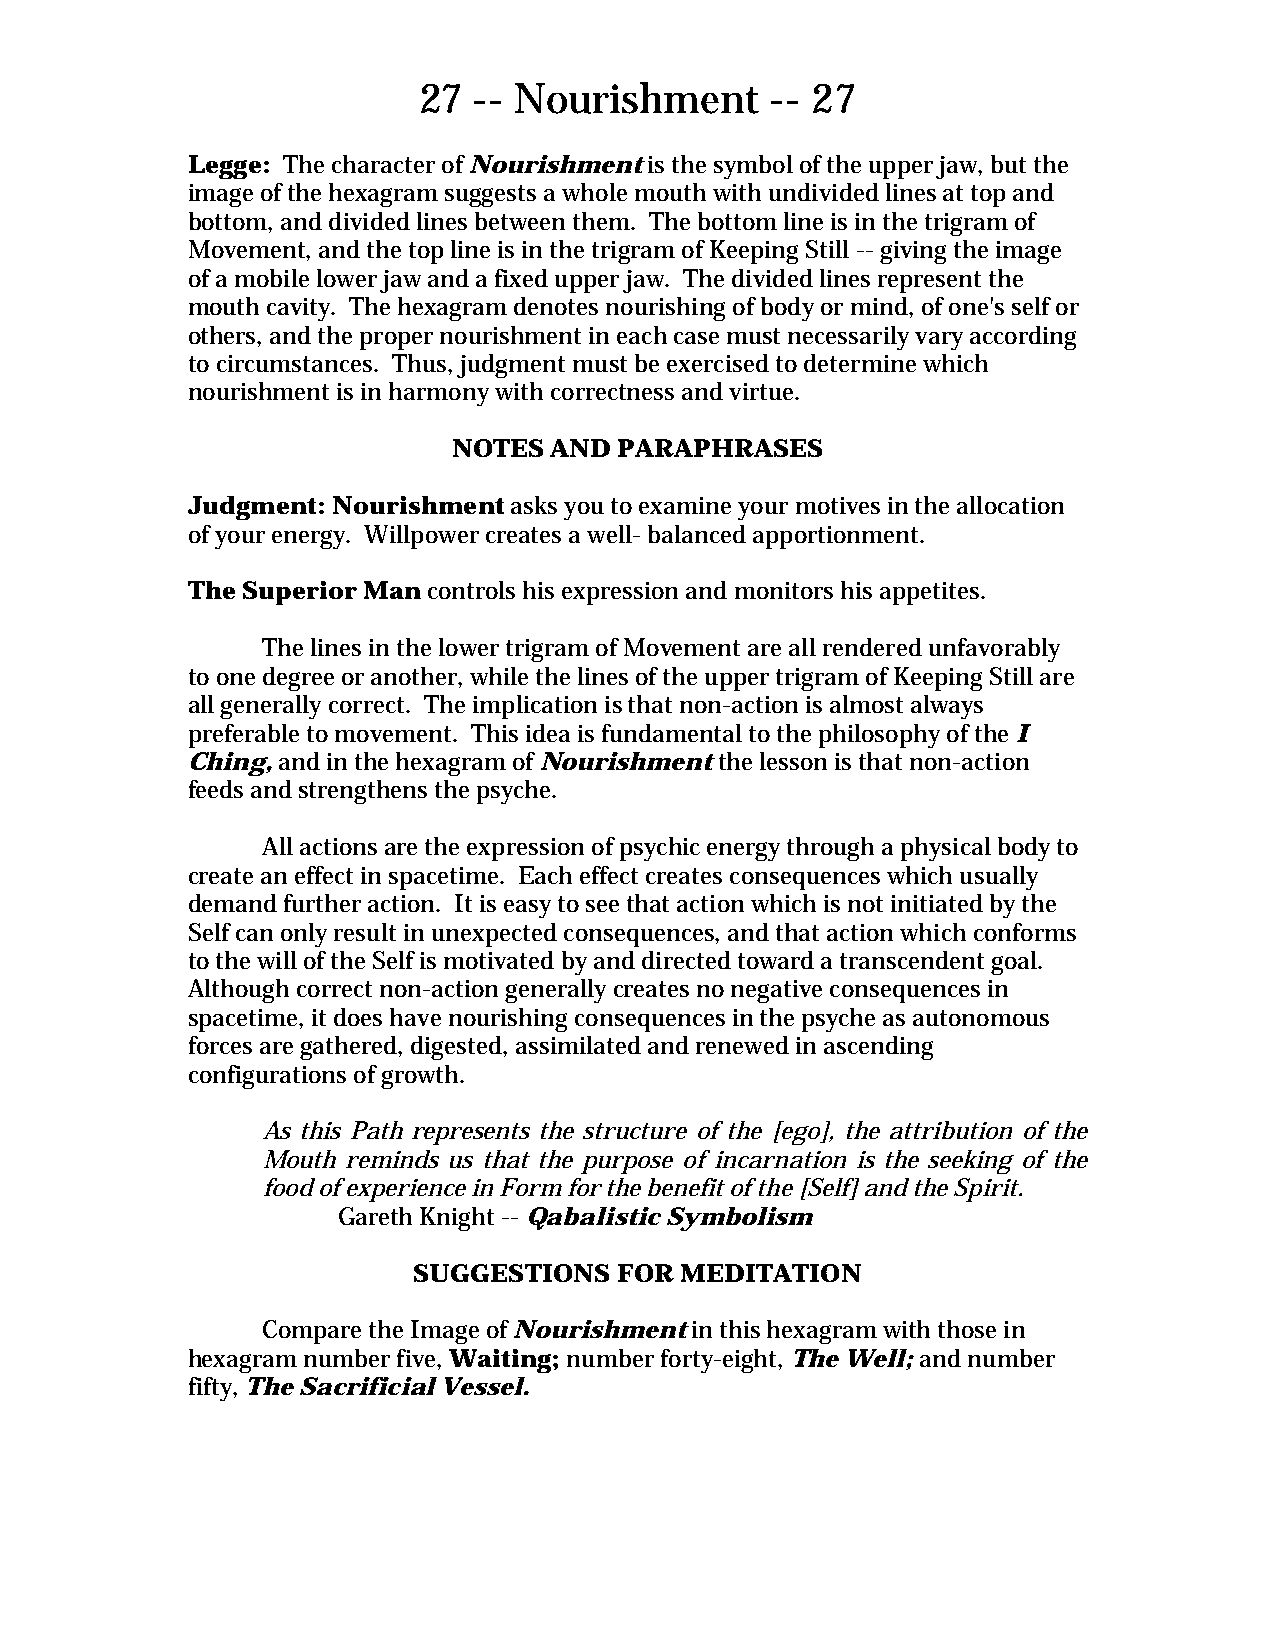
27 -- Nourishment      -- 27
 Legge: The character of Nourishment is the symbol of the upper jaw, but the
 image of the hexagram suggests a whole mouth with undivided lines at top and
 bottom, and divided lines between them. The bottom line is in the trigram of
 Movement, and the top line is in the trigram of Keeping Still -- giving the image
 of a mobile lower jaw and a fixed upper jaw. The divided lines represent the
 mouth cavity. The hexagram denotes nourishing of body or mind, of one's self or
 others, and the proper nourishment in each case must necessarily vary according
 to circumstances. Thus, judgment must be exercised to determine which
 nourishment is in harmony with correctness and virtue.
 NOTES AND  PARAPHRASES
 Judgment: Nourishment asks you to examine your motives in the allocation
 of your energy. Willpower creates a well- balanced apportionment.
 The Superior Man controls his expression and monitors his appetites.
 The lines in the lower trigram of Movement are all rendered unfavorably
 to one degree or another, while the lines of the upper trigram of Keeping Still are
 all generally correct. The implication is that non-action is almost always
 preferable to movement. This idea is fundamental to the philosophy of the I
 Ching, and in the hexagram of Nourishment the lesson is that non-action
 feeds and strengthens the psyche.
 All actions are the expression of psychic energy through a physical body to
 create an effect in spacetime. Each effect creates consequences which usually
 demand further action. It is easy to see that action which is not initiated by the
 Self can only result in unexpected consequences, and that action which conforms
 to the will of the Self is motivated by and directed toward a transcendent goal.
 Although correct non-action generally creates no negative consequences in
 spacetime, it does have nourishing consequences in the psyche as autonomous
 forces are gathered, digested, assimilated and renewed in ascending
 configurations of growth.
 As this Path represents the structure of the [ego], the attribution of the
 Mouth reminds us that the purpose of incarnation is the seeking of the
 food of experience in Form for the benefit of the [Self] and the Spirit.
 Gareth Knight -- Qabalistic Symbolism
 SUGGESTIONS   FOR MEDITATION
 Compare the Image of Nourishment in this hexagram with those in
 hexagram number five, Waiting; number forty-eight, The Well; and number
 fifty, The Sacrificial Vessel.